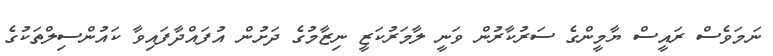
ނަމަވެސް ރައީސް ޔާމީންގެ ސަރުކާރުން ވަނީ ލާމަރުކަޒީ ނިޒާމުގެ ދަށުން އުފައްދާފައިވާ ކައުންސިލްތަކުގެ